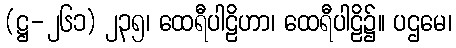
(ဋ္ဌ-၂၆၁) ၂၃၅၊ ထေရီပါဠိဟာ၊ ထေရီပါဠိ၌။ ပဌမေ၊